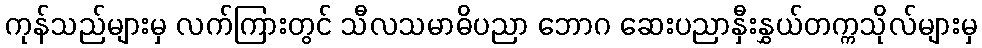
ကုန်သည်များမှ လက်ကြားတွင် သီလသမာဓိပညာ ဘောဂ ဆေးပညာနှီးနွှယ်တက္ကသိုလ်များမှ